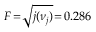
F \! = \! \sqrt { j ( \nu _ { j } ) } \! = \! 0 . 2 8 6